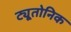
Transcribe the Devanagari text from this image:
ट्यूतोनिक